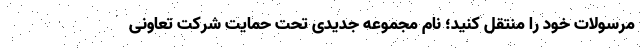
مرسولات خود را منتقل کنید؛ نام مجموعه جدیدی تحت حمایت شرکت تعاونی